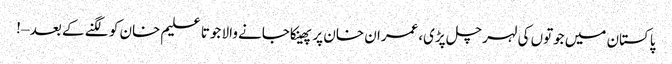
پاکستان میں جوتوں کی لہر چل پڑی،عمران خان پر پھینکاجانے والا جوتا علیم خان کو لگنے کے بعد – !